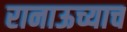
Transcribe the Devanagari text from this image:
रानाऊच्याच